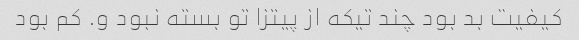
کیفیت بد بود چند تیکه از پیتزا تو بسته نبود و. کم بود